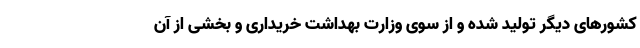
کشورهای دیگر تولید شده و از سوی وزارت بهداشت خریداری و بخشی از آن